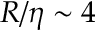
R / \eta \sim 4